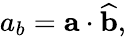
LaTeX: a_{b}=\mathbf{a}\cdot{\widehat{\mathbf{b}}},